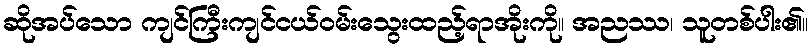
ဆိုအပ်သော ကျင်ကြီးကျင်ငယ်ဝမ်းသွေးထည့်ရာအိုးကို။ အညဿ၊ သူတစ်ပါး၏။